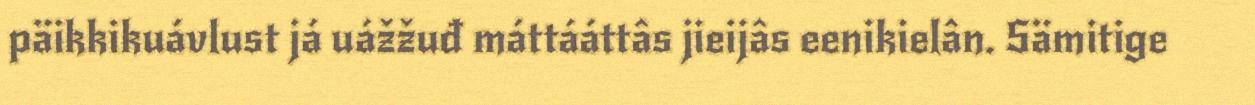
päikkikuávlust já uážžuđ máttááttâs jieijâs eenikielân. Sämitige